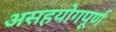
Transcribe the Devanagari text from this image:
असहयोगपूर्ण